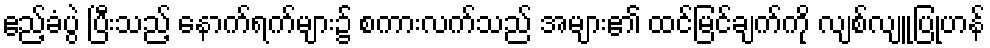
ဧည့်ခံပွဲ ပြီးသည့် နောက်ရက်များ၌ စကားလက်သည် အများ၏ ထင်မြင်ချက်ကို လျစ်လျူပြုဟန်